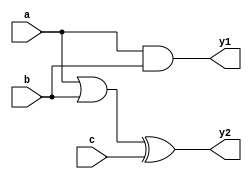
module combinational_logic (
    input wire a,
    input wire b,
    input wire c,
    output reg y1,
    output reg y2
);

// Always block sensitive to changes in a, b, and c
always @ (a, b, c) begin
    // Default values
    y1 = 1'b0;
    y2 = 1'b0;

    // Combinational logic
    y1 = a & b;          // Example logic: AND operation
    y2 = (a | b) ^ c;    // Example logic: XOR of OR operation with c
end

endmodule